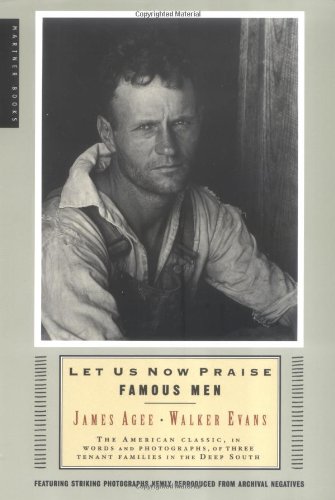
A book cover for Let Us Now Praise Famous Men: The American Classic, in Words and Photographs, of Three Tenant Families in the Deep South; Walker Evans; Politics & Social Sciences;